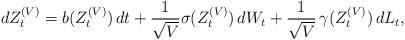
LaTeX: \begin{align*}d Z^{(V)}_t = b(Z^{(V)}_t) \,dt + \frac{1}{\sqrt{V}} {\sigma}(Z^{(V)}_t)\,d{W}_t + \frac{1}{\sqrt{V}}\,{\gamma}(Z^{(V)}_t)\,dL_t,\end{align*}